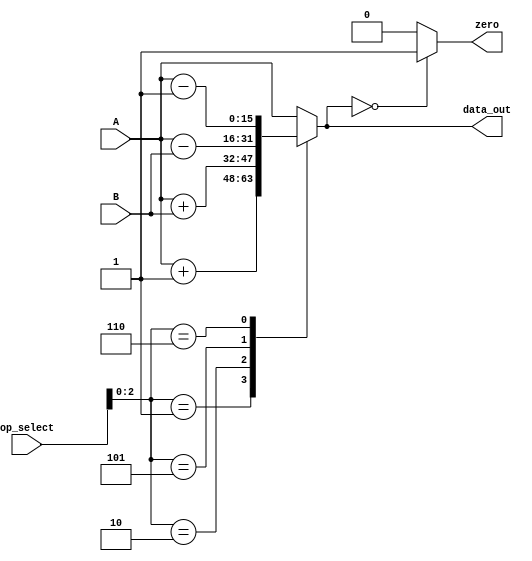
module eu_arithmetic #(parameter BUS_WIDTH = 16) (input [3:0] op_select
    , input [BUS_WIDTH-1:0] A
    , input [BUS_WIDTH-1:0] B
    , output reg [BUS_WIDTH-1:0] data_out
    , output reg zero
);

    reg [BUS_WIDTH-1:0] result;

    always @(op_select, A, B) begin

        if(op_select[3] == 0) begin //The architecture has op_select values of 4'b0xxx go to the arithmetic unit
            case(op_select[2:0])
                3'b000  : result = A;       //MOVA                        
                3'b001  : result = A + 1;   //INC                
                3'b010  : result = A + B;   //ADD                                   
                3'b101  : result = A - B;   //SUB
                3'b110  : result = A - 1;   //DEC                               
            //default: X? Z?
            endcase
        end 

        // check for zero 
        zero = result == '0 ? 1'b1 : 1'b0;
        // Drive output with result of calculations
        data_out = result;
    end   
    
endmodule